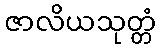
ဇာလိယသုတ္တံ